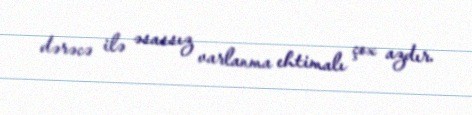
dərəcə ilə əsassız varlanma ehtimalı çox azdır.